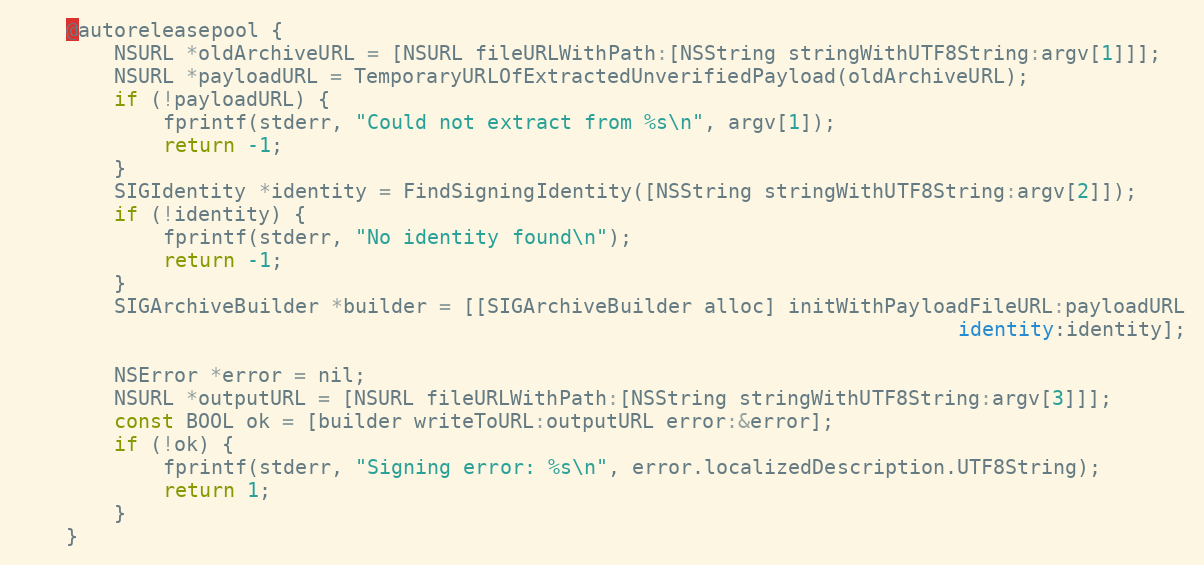
Language: C
    @autoreleasepool {
        NSURL *oldArchiveURL = [NSURL fileURLWithPath:[NSString stringWithUTF8String:argv[1]]];
        NSURL *payloadURL = TemporaryURLOfExtractedUnverifiedPayload(oldArchiveURL);
        if (!payloadURL) {
            fprintf(stderr, "Could not extract from %s\n", argv[1]);
            return -1;
        }
        SIGIdentity *identity = FindSigningIdentity([NSString stringWithUTF8String:argv[2]]);
        if (!identity) {
            fprintf(stderr, "No identity found\n");
            return -1;
        }
        SIGArchiveBuilder *builder = [[SIGArchiveBuilder alloc] initWithPayloadFileURL:payloadURL
                                                                              identity:identity];

        NSError *error = nil;
        NSURL *outputURL = [NSURL fileURLWithPath:[NSString stringWithUTF8String:argv[3]]];
        const BOOL ok = [builder writeToURL:outputURL error:&error];
        if (!ok) {
            fprintf(stderr, "Signing error: %s\n", error.localizedDescription.UTF8String);
            return 1;
        }
    }